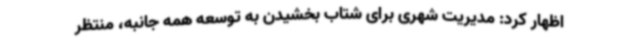
اظهار کرد: مدیریت شهری برای شتاب بخشیدن به توسعه همه جانبه، منتظر